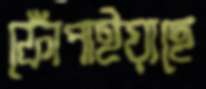
ফোঁপাইয়াছে